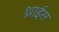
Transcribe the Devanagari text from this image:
थ्राईस